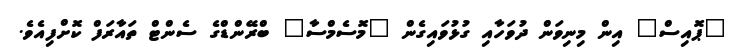
"ޕޮއިސް" އިން މިނިވަން ދުވަހާއި ގުޅުވައިގެން "މޮސެމްސާ" ބްރޭންޑްގެ ސެންޓް ތައާރަފް ކޮށްފިއެވެ.